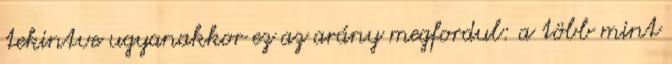
tekintve ugyanakkor ez az arány megfordul: a több mint